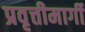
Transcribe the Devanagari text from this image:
प्रवृत्तीमार्गी